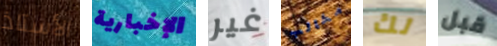
الأستاذ الإخبارية غير مخالب لك قبل